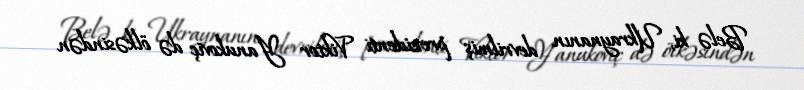
Belə ki, Ukraynanın devrilmiş prezidenti Viktor Yanukoviç də ölkəsindən